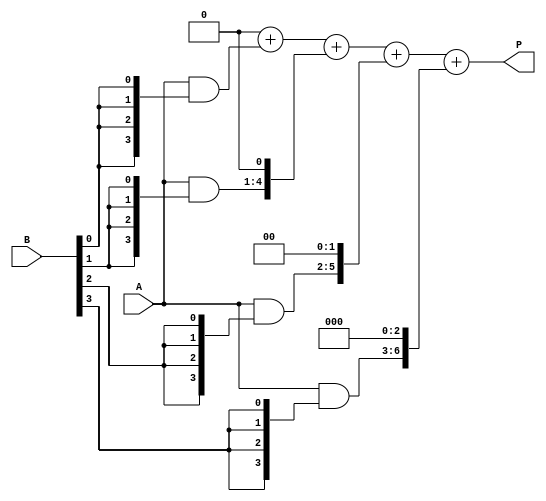
module array_multiplier #(parameter N = 4, M = 4) (
    input [N-1:0] A,      // N-bit multiplicand
    input [M-1:0] B,      // M-bit multiplier
    output reg [N+M-1:0] P // (N + M)-bit product
);
    
    reg [N-1:0] partial_products[M-1:0]; // Array to hold partial products
    integer i, j;

    // Generate partial products
    always @(*) begin
        // Initialize partial products to zero
        for (i = 0; i < M; i = i + 1) begin
            partial_products[i] = A & {N{B[i]}}; // AND A with each bit of B
        end

        // Initialize product P to zero
        P = 0;

        // Sum the partial products with appropriate shifts
        for (i = 0; i < M; i = i + 1) begin
            P = P + (partial_products[i] << i); // Shift and accumulate
        end
    end

endmodule